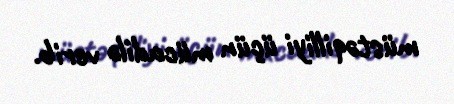
müstəqilliyi üçün mücadilə verib.